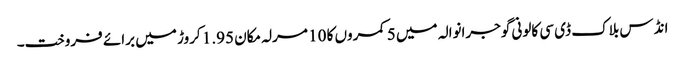
انڈس بلاک ڈی سی کالونی گوجرانوالہ میں 5 کمروں کا 10 مرلہ مکان 1.95 کروڑ میں برائے فروخت۔